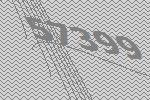
57399